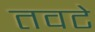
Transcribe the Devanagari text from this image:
तवटे